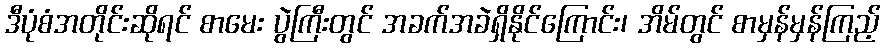
ဒီပုံစံအတိုင်းဆိုရင် စာမေး ပွဲကြီးတွင် အခက်အခဲရှိနိုင်ကြောင်း၊ အိမ်တွင် စာမှန်မှန်ကြည့်